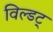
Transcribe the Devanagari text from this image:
विल्डट्